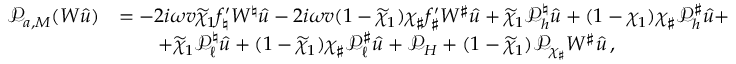
\begin{array} { r l } { \mathcal { P } _ { a , M } ( W { \widehat { u } } ) } & { = - 2 i \omega v \widetilde { \chi } _ { 1 } f _ { \natural } ^ { \prime } W ^ { \natural } { \widehat { u } } - 2 i \omega v ( 1 - \widetilde { \chi } _ { 1 } ) \chi _ { \sharp } f _ { \sharp } ^ { \prime } W ^ { \sharp } { \widehat { u } } + \widetilde { \chi } _ { 1 } \mathcal { P } _ { h } ^ { \natural } { \widehat { u } } + ( 1 - \chi _ { 1 } ) \chi _ { \sharp } \mathcal { P } _ { h } ^ { \sharp } { \widehat { u } } + } \\ & { \qquad + \widetilde { \chi } _ { 1 } \mathcal { P } _ { \ell } ^ { \natural } { \widehat { u } } + ( 1 - \widetilde { \chi } _ { 1 } ) \chi _ { \sharp } \mathcal { P } _ { \ell } ^ { \sharp } { \widehat { u } } + \mathcal { P } _ { H } + ( 1 - \widetilde { \chi } _ { 1 } ) \mathcal { P } _ { \chi _ { \sharp } } W ^ { \sharp } { \widehat { u } } \, , } \end{array}